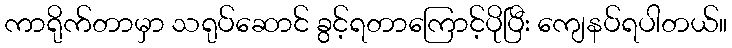
ကာရိုက်တာမှာ သရုပ်ဆောင် ခွင့်ရတာကြောင့်ပိုပြီး ကျေနပ်ရပါတယ်။